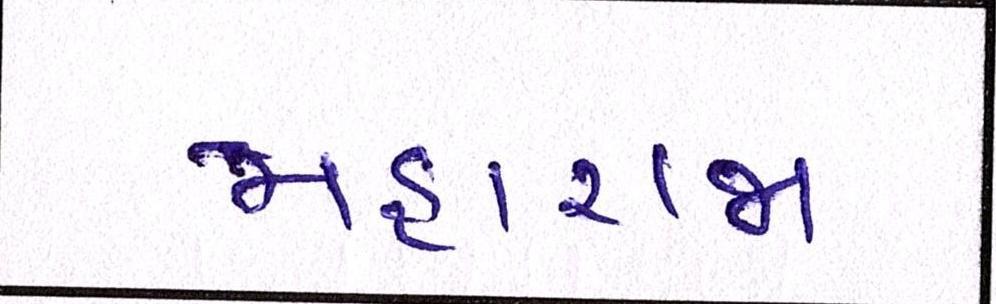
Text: મહારાજા